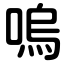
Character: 嗚